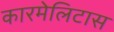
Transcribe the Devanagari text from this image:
कारमेलिटास